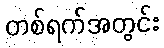
တစ်ရက်အတွင်း